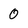
Character: 0